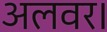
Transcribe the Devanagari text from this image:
अलवर।